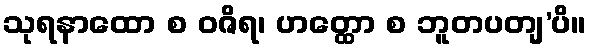
သုရနာထော စ ဝဇိရ၊ ဟတ္ထော စ ဘူတပတျ’ပိ။